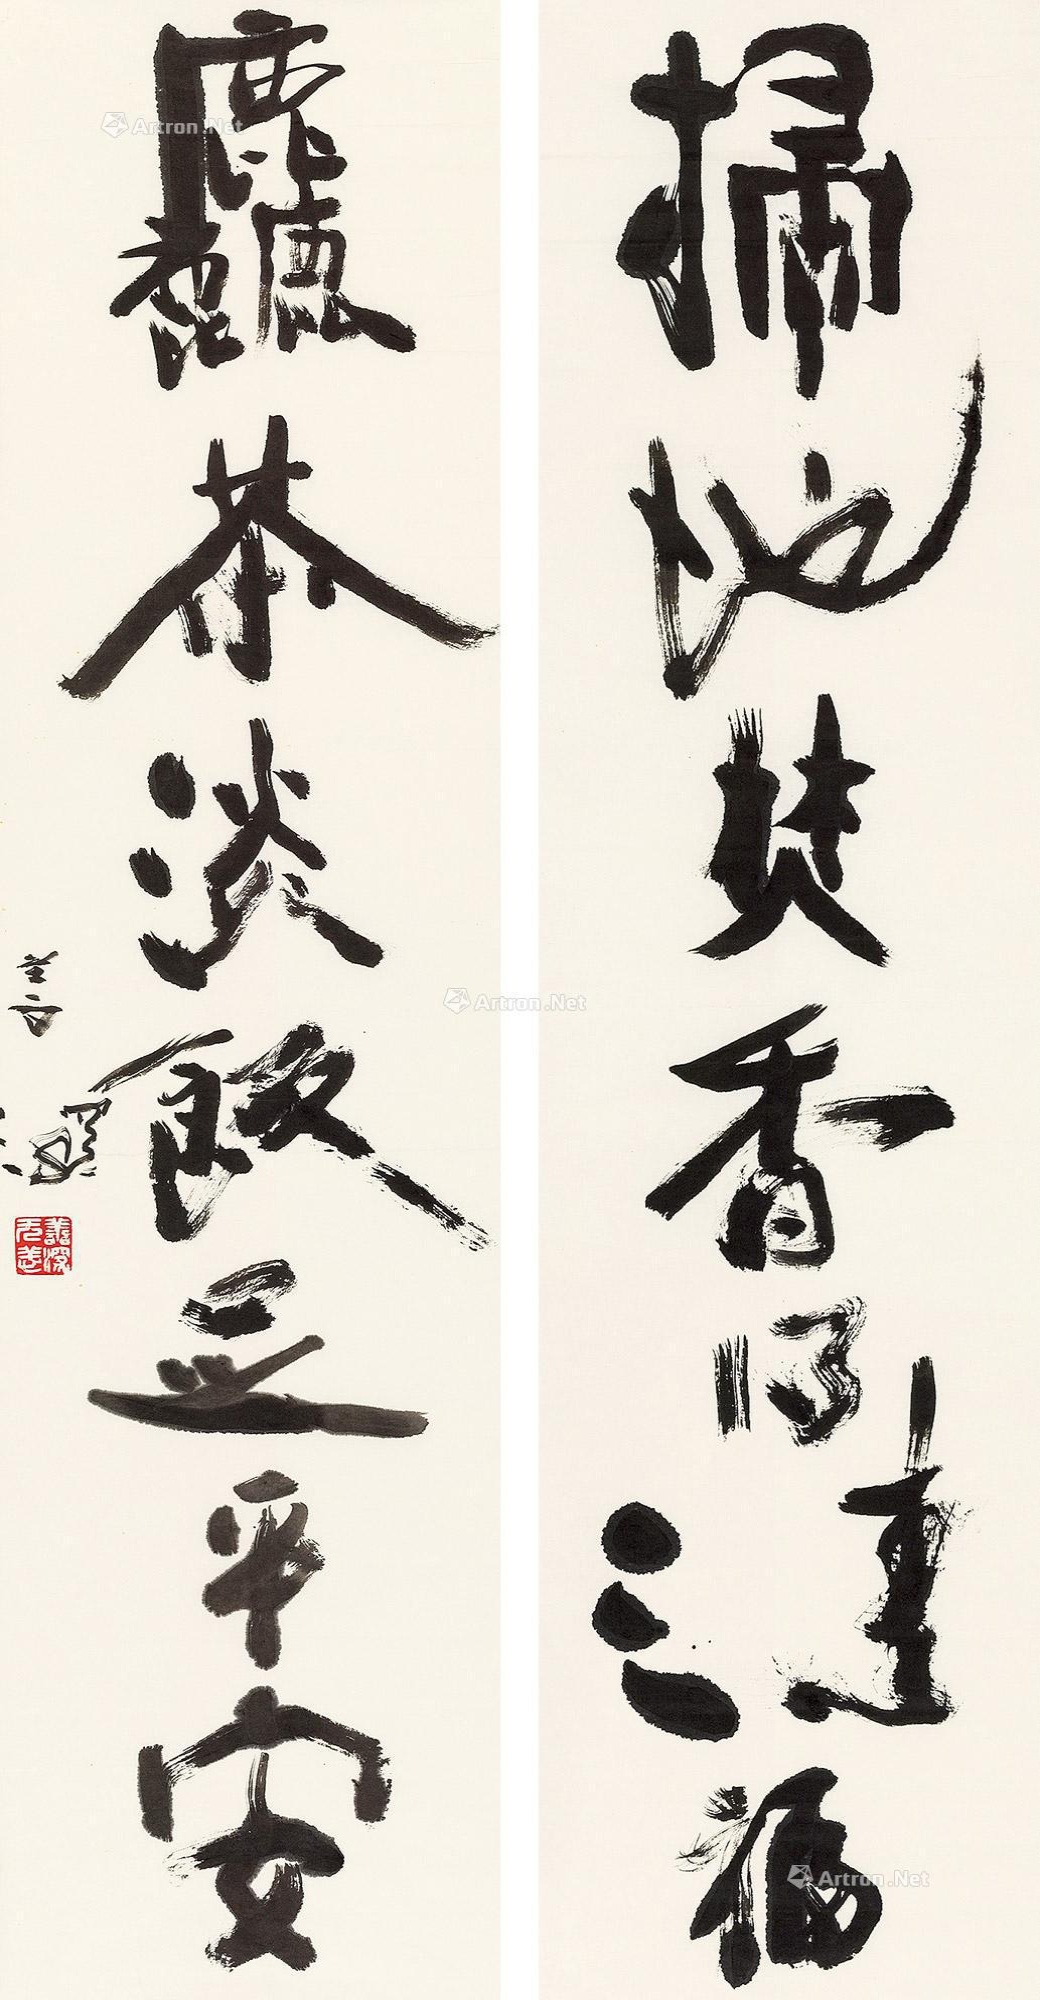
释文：扫地焚香得清福，粗茶淡饭是平安。